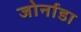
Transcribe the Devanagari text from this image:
जोर्नाडा